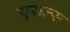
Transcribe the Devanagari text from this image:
यूराल्स